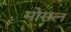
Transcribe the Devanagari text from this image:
मोसल